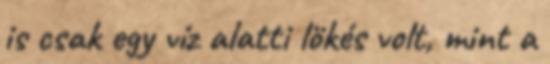
is csak egy víz alatti lökés volt, mint a